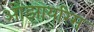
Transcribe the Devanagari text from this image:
ओझायरिस